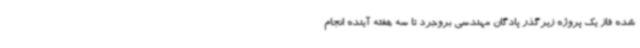
شده فاز یک پروژه زیرگذر پادگان مهندسی بروجرد تا سه هفته آینده انجام